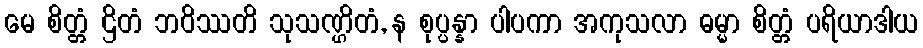
မေ စိတ္တံ ဌိတံ ဘဝိဿတိ သုသဏ္ဌိတံ, န စုပ္ပန္နာ ပါပကာ အကုသလာ ဓမ္မာ စိတ္တံ ပရိယာဒါယ